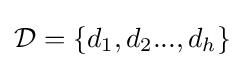
{\mathcal {D}}=\{d_{1},d_{2}...,d_{h}\}